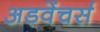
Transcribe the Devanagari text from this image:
अडवेंचर्स